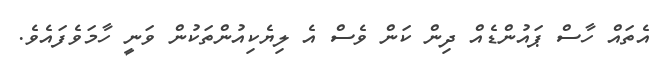
އެތައް ހާސް ޕައުންޑެއް ދިން ކަން ވެސް އެ ލިޔެކިއުންތަކުން ވަނީ ހާމަވެފައެވެ.